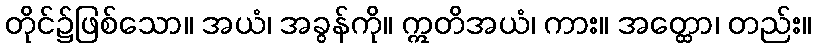
တိုင်၌ဖြစ်သော။ အယံ၊ အခွန်ကို။ ဣတိအယံ၊ ကား။ အတ္ထော၊ တည်း။